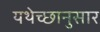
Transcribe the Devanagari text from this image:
यथेच्छानुसार